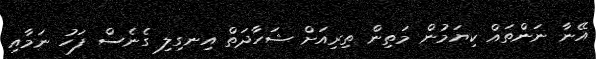
އޭނާ ނަންތައް ކިޔަމުން މަތިން ތިރިއަށް ޝަހާދަތް އިނގިލި ގެނެސް ފަހު ނަމާއި